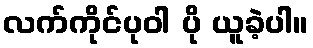
လက်ကိုင်ပုဝါ ပို ယူခဲ့ပါ။